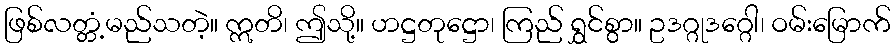
ဖြစ်လတ္တံ့မည်သတဲ့။ ဣတိ၊ ဤသို့။ ဟဋ္ဌတုဋ္ဌော၊ ကြည် ရွှင်စွာ။ ဥဒဂ္ဂုဒဂ္ဂေါ၊ ဝမ်းမြောက်